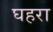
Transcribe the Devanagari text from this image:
घहरा